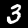
Label: 3